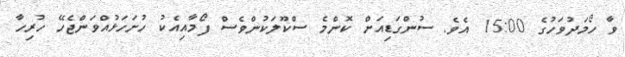
ވާ ހޯމަދުވަހުގެ 15:00 އެވެ. ސުންގަޑިއަށް ކޮންމެ ސްކޫލަކުންވެސް ފޯމާއިއެކު ހުށަހަޅުއްވަންޖެހޭ ހުރިހާ